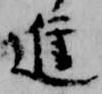
進